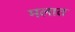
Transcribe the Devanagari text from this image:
मलात